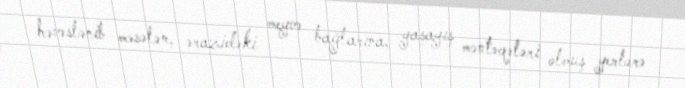
həvəslənib məsələn, ərazidəki meyvə bağlarına, yaşayış məntəqələri olmuş yerlərə